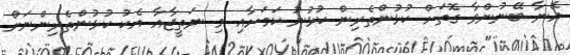
އޭނާ ބޭނުންވާ ގޮތަށް ކުޅުންތެރިން ކުޅުނު ކަމަށާއި މި ނަތީޖާއާ އެކު ކުޅުންތެރިންނަށް